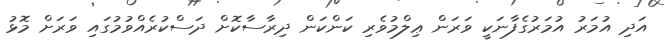
އަދި އުމަރު އުމަރުގެފާނަކީ ވަރަން ޢިލްމުވެރި ކަންކަން ދިރާސާކޮށް ދަސްކުރެއްވުމުގައި ވަރަށް މޮޅު